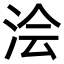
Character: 浍